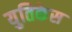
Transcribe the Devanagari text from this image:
युतिकेस